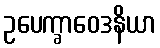
ဥပေက္ခာဝေဒနိယာ